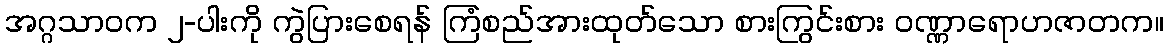
အဂ္ဂသာဝက ၂-ပါးကို ကွဲပြားစေရန် ကြံစည်အားထုတ်သော စားကြွင်းစား ဝဏ္ဏာရောဟဇာတက။